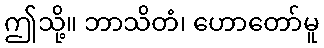
ဤသို့။ ဘာသိတံ၊ ဟောတော်မူ